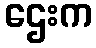
ဌေးက